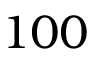
1 0 0